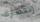
انتظارك